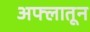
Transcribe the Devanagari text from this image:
अफ्लातून